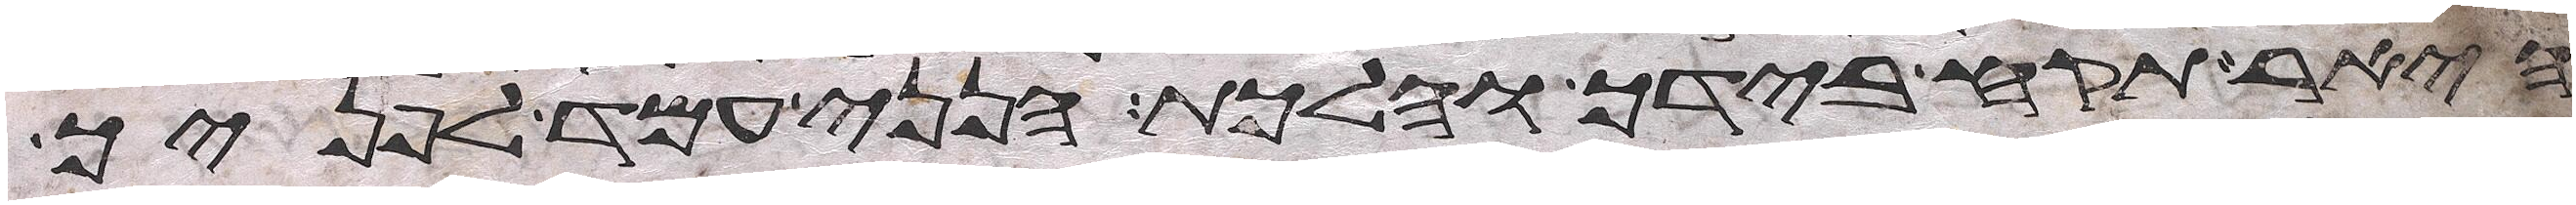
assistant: היאר תקח בידך והלכת הנני עמד לפניך